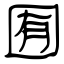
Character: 囿